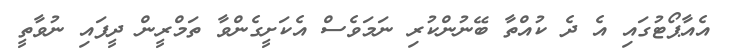
އެއާޕޯޓުގައި އެ ދެ ކުއްތާ ބޭނުންކުރި ނަމަވެސް އެކަށީގެންވާ ތަމްރީން ދީފައި ނުވާތީ